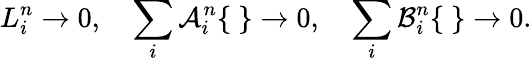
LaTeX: L_{i}^{n}\rightarrow 0,\quad\sum_{i}{\cal A}_{i}^{n}\{ \ \} \rightarrow 0,\quad\sum_{i}{\cal B}_{i}^{n}\{ \ \} \rightarrow 0.